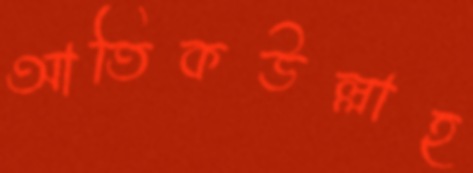
আতিকউল্লাহ